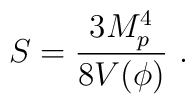
S = {3 M_p^4\over 8 V(\phi)}\ .